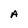
Character: A